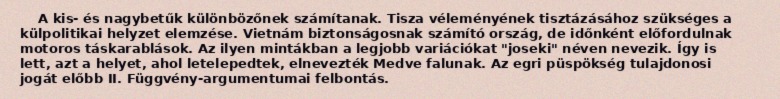
A kis- és nagybetűk különbözőnek számítanak. Tisza véleményének tisztázásához szükséges a külpolitikai helyzet elemzése. Vietnám biztonságosnak számító ország, de időnként előfordulnak motoros táskarablások. Az ilyen mintákban a legjobb variációkat "joseki" néven nevezik. Így is lett, azt a helyet, ahol letelepedtek, elnevezték Medve falunak. Az egri püspökség tulajdonosi jogát előbb II. Függvény-argumentumai felbontás.